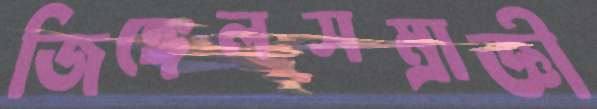
জিঙ্গেলসম্রাজ্ঞী